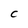
Character: C